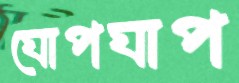
ঘোপঘাপ